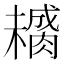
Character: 𱼚